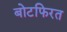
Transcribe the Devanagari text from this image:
बोटफिरत